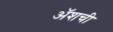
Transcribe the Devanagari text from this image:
ॲशची